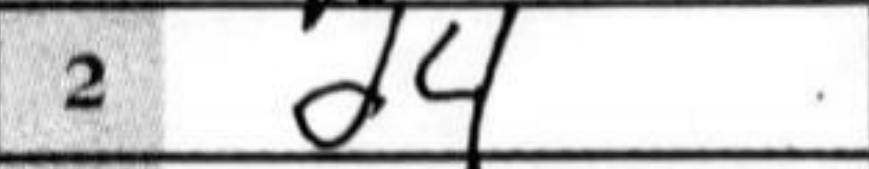
Transcription: d4